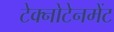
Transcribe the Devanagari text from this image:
टेक्नोटेनमेंट